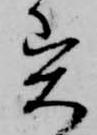
異